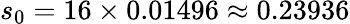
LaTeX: s_{0}=16\times 0.01496\approx 0.23936